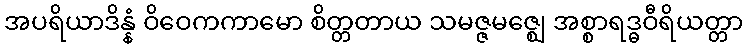
အပရိယာဒိန္နံ ဝိဝေကကာမော စိတ္တတာယ သမဇ္ဇမဇ္ဈေ အစ္စာရဒ္ဓဝီရိယတ္တာ